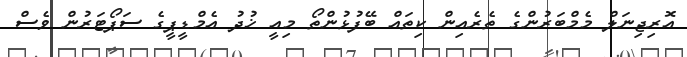
އޮރިޖިނަލް މެމްބަރުންގެ ތެރެއިން ކިތައް ބޭފުޅުންތޯ މިއީ ޚުދު އެމްޑީޕީގެ ސަޕޯޓަރުން ވެސް